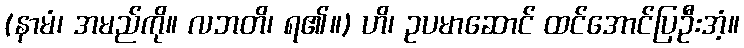
(နာမံ၊ အမည်ကို။ လဘတိ၊ ရ၏။) ဟိ၊ ဥပမာဆောင် ထင်အောင်ပြဦးအံ့။